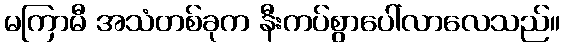
မကြာမီ အသံတစ်ခုက နီးကပ်စွာပေါ်လာလေသည်။